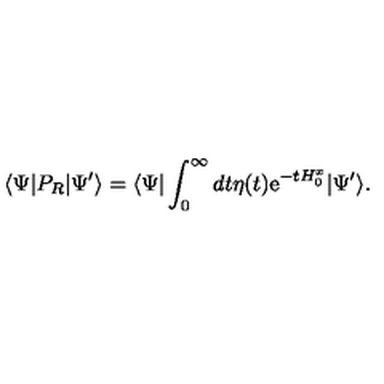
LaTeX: \langle \Psi | P _ { R } | \Psi ^ { \prime } \rangle = \langle \Psi | \int _ { 0 } ^ { \infty } d t \eta ( t ) \mathrm { e } ^ { - t H _ { 0 } ^ { x } } | \Psi ^ { \prime } \rangle .